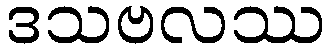
ဒသဗလဿ